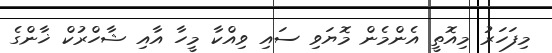
މިފަހަރު މިއޮތީ އެންމެން މޮޔަވި ސައި ވިއްކާ މީހާ އާއި ޝާހްރުކް ޚާންގެ